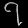
Digit: ၇